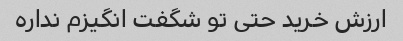
ارزش خرید حتی تو شگفت انگیزم نداره